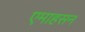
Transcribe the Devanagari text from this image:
एमाहसन